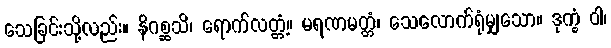
သေခြင်းသို့လည်း။ နိဂစ္ဆသိ၊ ရောက်လတ္တံ့။ မရဏမတ္တံ၊ သေလောက်ရုံမျှသော။ ဒုက္ခံ ဝါ၊